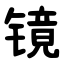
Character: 镜